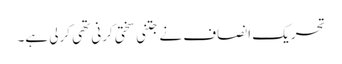
تحریک انصاف نے جتنی سختی کرنی تھی کرلی ہے۔